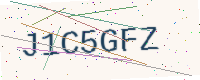
Text: J1C5GFZ